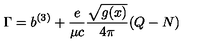
\Gamma = b ^ { ( 3 ) } + { \frac { e } { \mu c } } { \frac { \sqrt { g ( x ) } } { 4 \pi } } ( Q - N ) \nonumber